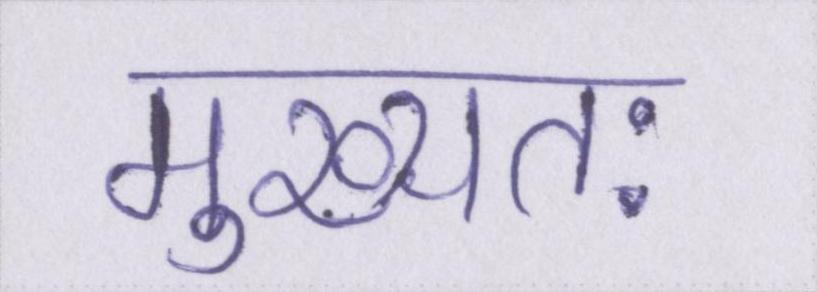
मुख्यतः